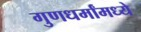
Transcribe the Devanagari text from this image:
गुणधर्मांमध्ये